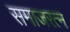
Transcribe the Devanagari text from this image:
समाजरत्न